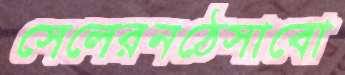
সেলেরনঠেসাবো